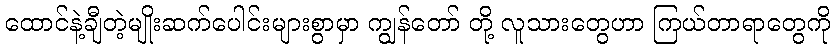
ထောင်နဲ့ချီတဲ့မျိုးဆက်ပေါင်းများစွာမှာ ကျွန်တော် တို့ လူသားတွေဟာ ကြယ်တာရာတွေကို